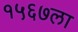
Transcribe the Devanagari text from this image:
१५६७ला